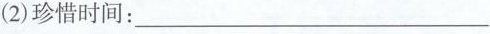
(2)珍惜时间：___